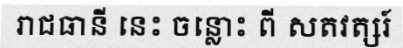
រាជធានី នេះ ចន្លោះ ពី សតវត្សរ៍